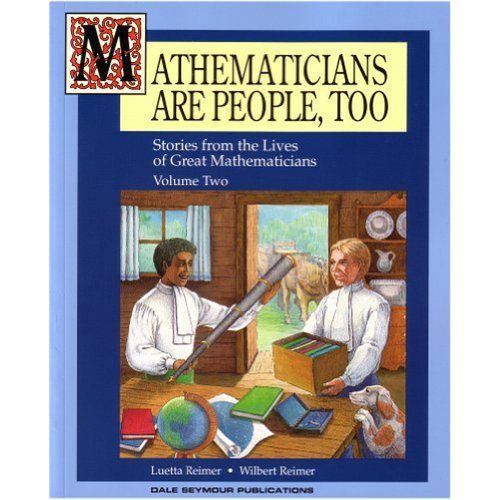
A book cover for Mathematicians Are People, Too: Stories from the Lives of Great Mathematicians, Vol. 2; Luetta Reimer; Children's Books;